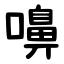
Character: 嚊